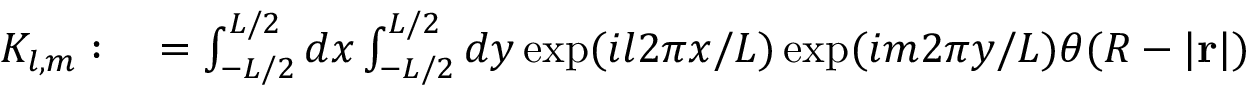
\begin{array} { r l } { K _ { l , m } : } & { { } = \int _ { - L / 2 } ^ { L / 2 } d x \int _ { - L / 2 } ^ { L / 2 } d y \exp ( i l 2 \pi x / L ) \exp ( i m 2 \pi y / L ) \theta ( R - | \mathbf { r } | ) } \end{array}